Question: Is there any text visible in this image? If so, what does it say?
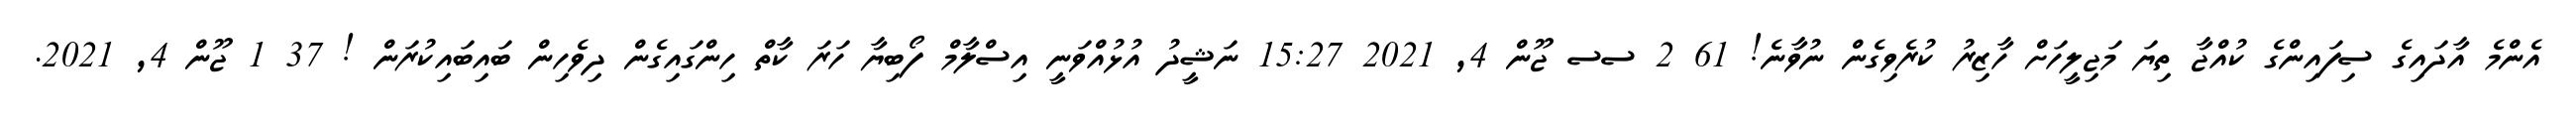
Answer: އެންމެ އާދައިގެ ސިފައިންގެ ކުއްޖާ ތިޔަ މަޖިލީހަށް ހާޒިރު ކުރެވިގެން ނުވާނެ! 61 2 ސސ ޖޫން 4, 2021 15:27 ނަޝީދު އުޅުއްވަނީ އިސްލާމް ފޯބިޔާ ހަރަ ކާތް ހިންގައިގެން ދިވެހިން ބައިބައިކުރަން ! 37 1 ޖޫން 4, 2021.